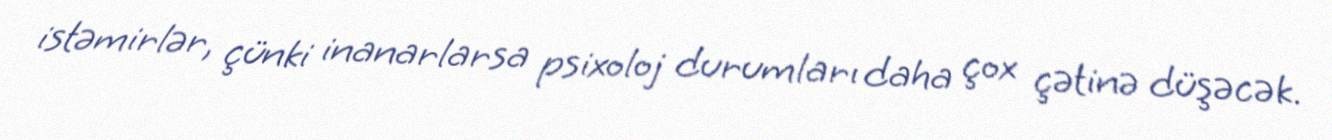
istəmirlər, çünki inanarlarsa psixoloj durumları daha çox çətinə düşəcək.